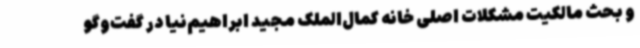
و بحث مالکیت مشکلات اصلی خانه کمال‌الملک مجید ابراهیم‌نیا در گفت‌وگو